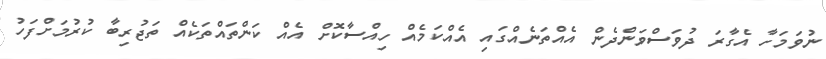
ނުވަމަހާ އެގާރަ ދުވަސްވަންދެން އެއްތަނެއްގައި އެއްކަމެއް ހިއްސާކޮށް އެއް ކަންތައްތަކެއް ތަޖުރިބާ ކުރުމަށްފަހު